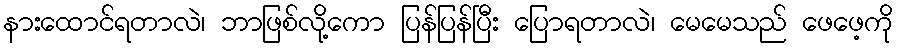
နားထောင်ရတာလဲ၊ ဘာဖြစ်လို့ကော ပြန်ပြန်ပြီး ပြောရတာလဲ၊ မေမေသည် ဖေဖေ့ကို